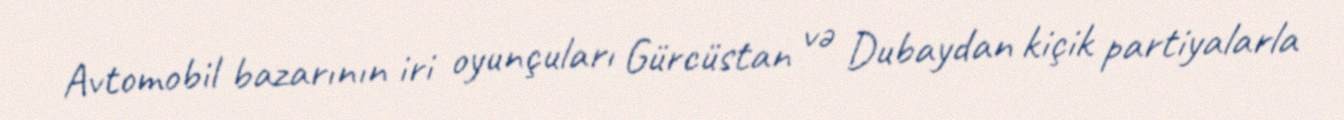
Avtomobil bazarının iri oyunçuları Gürcüstan və Dubaydan kiçik partiyalarla